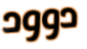
دوود